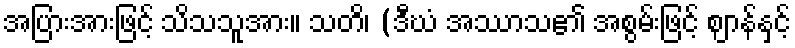
အပြားအားဖြင့် သိသသူအား။ သတိ၊ (ဒီဃံ အဿာသ၏ အစွမ်းဖြင့် ဈာန်နှင့်